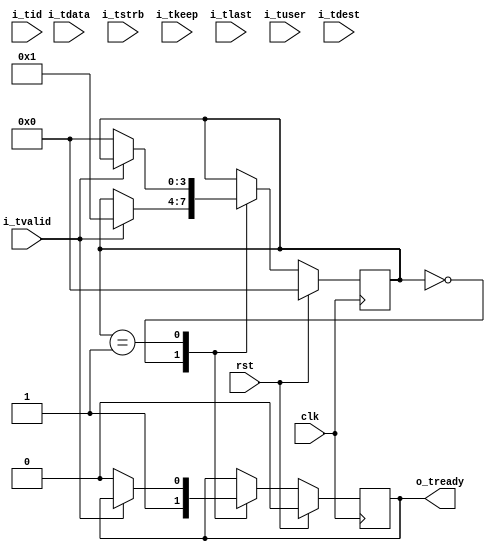
// This program was cloned from: https://github.com/CospanDesign/nysa-verilog
// License: MIT License

/*
Distributed under the MIT license.
Copyright (c) 2016 Dave McCoy (dave.mccoy@cospandesign.com)

Permission is hereby granted, free of charge, to any person obtaining a copy of
this software and associated documentation files (the "Software"), to deal in
the Software without restriction, including without limitation the rights to
use, copy, modify, merge, publish, distribute, sublicense, and/or sell copies
of the Software, and to permit persons to whom the Software is furnished to do
so, subject to the following conditions:

The above copyright notice and this permission notice shall be included in all
copies or substantial portions of the Software.

THE SOFTWARE IS PROVIDED "AS IS", WITHOUT WARRANTY OF ANY KIND, EXPRESS OR
IMPLIED, INCLUDING BUT NOT LIMITED TO THE WARRANTIES OF MERCHANTABILITY,
FITNESS FOR A PARTICULAR PURPOSE AND NONINFRINGEMENT. IN NO EVENT SHALL THE
AUTHORS OR COPYRIGHT HOLDERS BE LIABLE FOR ANY CLAIM, DAMAGES OR OTHER
LIABILITY, WHETHER IN AN ACTION OF CONTRACT, TORT OR OTHERWISE, ARISING FROM,
OUT OF OR IN CONNECTION WITH THE SOFTWARE OR THE USE OR OTHER DEALINGS IN THE
SOFTWARE.
*/

/*
 * Description: AXI4 Stream Slave
 *
 * Changes:
 */

`timescale 1ps / 1ps

module axi_stream_ingress_demo #(
  parameter ADDR_WIDTH          = 32,
  parameter DATA_WIDTH          = 32,
  parameter STROBE_WIDTH        = (DATA_WIDTH / 8)
)(
  input                               clk,
  input                               rst,

  //Write Data Channel
  input                               i_tvalid,
  output  reg                         o_tready,
  input       [DATA_WIDTH - 1: 0]     i_tdata,

  input       [STROBE_WIDTH - 1:0]    i_tstrb,
  input       [STROBE_WIDTH - 1:0]    i_tkeep,
  input                               i_tlast,
  input       [3:0]                   i_tuser,
  input       [3:0]                   i_tid,
  input       [31:0]                  i_tdest

);
//local parameters

localparam      IDLE                = 4'h0;
localparam      RECEIVE_WRITE_DATA  = 4'h1;

//Address Map
localparam      ADDR_CONTROL        = 0;
localparam      ADDR_STATUS         = 1;

//registes/wires
reg           [3:0]                  state;
reg           [ADDR_WIDTH - 1: 0]    address;

reg           [DATA_WIDTH - 1: 0]    control;
reg           [DATA_WIDTH - 1: 0]    status;

//submodules
//asynchronous logic
//synchronous logic

always @ (posedge clk) begin
  //Deassert Strobes
  if (rst) begin
    o_tready            <=  0;

    //Demo values
    control             <=  0;
    status              <=  0;
    state               <= IDLE;
  end
  else begin
    case (state)
      IDLE: begin
        o_tready        <= 1;

        //Only handle read or write at one time, not both
        if (i_tvalid) begin
          state         <=  RECEIVE_WRITE_DATA;
          $display("Dest: %h", i_tdest);
          $display("User: %h", i_tuser);
          $display("ID:   %h", i_tid);
          $display("Data: 0x%08X", i_tdata);
        end
      end
      RECEIVE_WRITE_DATA: begin
        if (!i_tvalid) begin
          state         <=  IDLE;
          o_tready      <=  0;
        end
        else begin
          $display ("Data: 0x%08X", i_tdata);
        end
      end
      default: begin
        $display("Shouldn't have gotten here!");
      end
    endcase

    if (i_tlast) begin
      $display("Last Signal Strobed");
    end
  end
end

endmodule